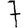
Digit: 7